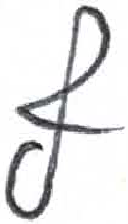
אות: ץ